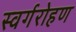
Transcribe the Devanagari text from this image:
स्वर्गरोहण